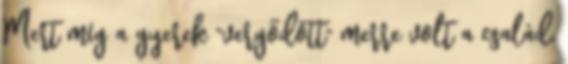
Mert míg a gyerek "vergődött" merre volt a család,